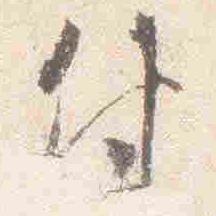
付